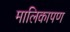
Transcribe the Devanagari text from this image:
मालिकापण